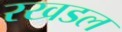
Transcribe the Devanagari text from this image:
रखडल